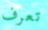
تعرف